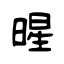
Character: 暒